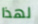
لهذا